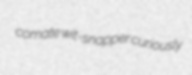
comate wit-snapper curiously